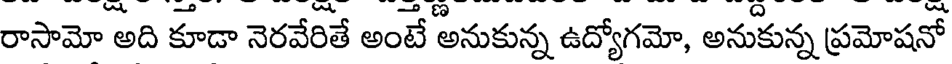
రాసామో అది కూడా నెరవేరితే అంటే అనుకున్న ఉద్యోగమో, అనుకున్న ప్రమోషనో